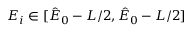
E _ { i } \in [ \hat { E } _ { 0 } - L / 2 , \hat { E } _ { 0 } - L / 2 ]